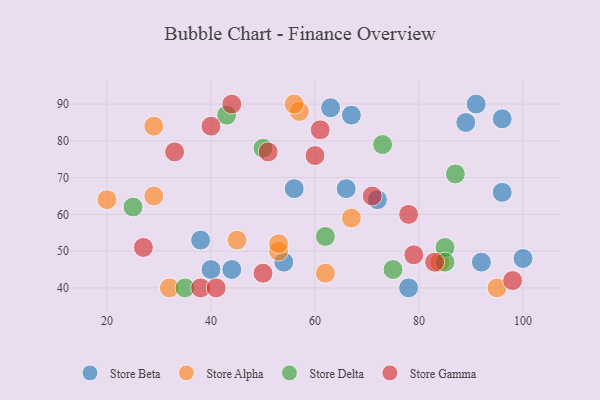
{"axis": {"x": "GDP", "y": "Life Expectancy"}, "legend": ["Store Alpha", "Store Beta", "Store Delta", "Store Gamma"], "data": [{"x": "100", "y": 48, "type": "Store Beta"}, {"x": "89", "y": 85, "type": "Store Beta"}, {"x": "40", "y": 45, "type": "Store Beta"}, {"x": "96", "y": 86, "type": "Store Beta"}, {"x": "67", "y": 87, "type": "Store Beta"}, {"x": "66", "y": 67, "type": "Store Beta"}, {"x": "91", "y": 90, "type": "Store Beta"}, {"x": "54", "y": 47, "type": "Store Beta"}, {"x": "38", "y": 53, "type": "Store Beta"}, {"x": "44", "y": 45, "type": "Store Beta"}, {"x": "63", "y": 89, "type": "Store Beta"}, {"x": "96", "y": 66, "type": "Store Beta"}, {"x": "92", "y": 47, "type": "Store Beta"}, {"x": "78", "y": 40, "type": "Store Beta"}, {"x": "72", "y": 64, "type": "Store Beta"}, {"x": "56", "y": 67, "type": "Store Beta"}, {"x": "20", "y": 64, "type": "Store Alpha"}, {"x": "45", "y": 53, "type": "Store Alpha"}, {"x": "95", "y": 40, "type": "Store Alpha"}, {"x": "29", "y": 65, "type": "Store Alpha"}, {"x": "67", "y": 59, "type": "Store Alpha"}, {"x": "57", "y": 88, "type": "Store Alpha"}, {"x": "53", "y": 50, "type": "Store Alpha"}, {"x": "84", "y": 47, "type": "Store Alpha"}, {"x": "32", "y": 40, "type": "Store Alpha"}, {"x": "62", "y": 44, "type": "Store Alpha"}, {"x": "29", "y": 84, "type": "Store Alpha"}, {"x": "53", "y": 52, "type": "Store Alpha"}, {"x": "56", "y": 90, "type": "Store Alpha"}, {"x": "43", "y": 87, "type": "Store Delta"}, {"x": "35", "y": 40, "type": "Store Delta"}, {"x": "73", "y": 79, "type": "Store Delta"}, {"x": "87", "y": 71, "type": "Store Delta"}, {"x": "62", "y": 54, "type": "Store Delta"}, {"x": "75", "y": 45, "type": "Store Delta"}, {"x": "50", "y": 78, "type": "Store Delta"}, {"x": "85", "y": 51, "type": "Store Delta"}, {"x": "25", "y": 62, "type": "Store Delta"}, {"x": "85", "y": 47, "type": "Store Delta"}, {"x": "44", "y": 90, "type": "Store Gamma"}, {"x": "33", "y": 77, "type": "Store Gamma"}, {"x": "61", "y": 83, "type": "Store Gamma"}, {"x": "60", "y": 76, "type": "Store Gamma"}, {"x": "71", "y": 65, "type": "Store Gamma"}, {"x": "51", "y": 77, "type": "Store Gamma"}, {"x": "79", "y": 49, "type": "Store Gamma"}, {"x": "38", "y": 40, "type": "Store Gamma"}, {"x": "27", "y": 51, "type": "Store Gamma"}, {"x": "83", "y": 47, "type": "Store Gamma"}, {"x": "50", "y": 44, "type": "Store Gamma"}, {"x": "41", "y": 40, "type": "Store Gamma"}, {"x": "98", "y": 42, "type": "Store Gamma"}, {"x": "40", "y": 84, "type": "Store Gamma"}, {"x": "78", "y": 60, "type": "Store Gamma"}]}